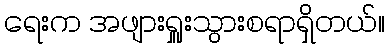
ရေးက အဖျားရှူးသွားစရာရှိတယ်။